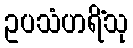
ဥပသံဟရိံသု